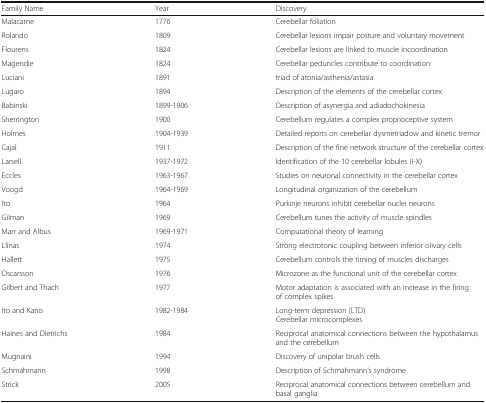
<table><thead><tr><td><b>Family Name</b></td><td><b>Year</b></td><td><b>Discovery</b></td></tr></thead><tbody><tr><td>Malacarne</td><td>1776</td><td>Cerebellar foliation</td></tr><tr><td>Rolando</td><td>1809</td><td>Cerebellar lesions impair posture and voluntary movement</td></tr><tr><td>Flourens</td><td>1824</td><td>Cerebellar lesions are linked to muscle incoordination</td></tr><tr><td>Magendie</td><td>1824</td><td>Cerebellar peduncles contribute to coordination</td></tr><tr><td>Luciani</td><td>1891</td><td>triad of atonia/asthenia/astasia</td></tr><tr><td>Lugaro</td><td>1894</td><td>Description of the elements of the cerebellar cortex</td></tr><tr><td>Babinski</td><td>1899-1906</td><td>Description of asynergia and adiadochokinesia</td></tr><tr><td>Sherrington</td><td>1900</td><td>Cerebellum regulates a complex proprioceptive system</td></tr><tr><td>Holmes</td><td>1904-1939</td><td>Detailed reports on cerebellar dysmetriadow and kinetic tremor</td></tr><tr><td>Cajal</td><td>1911</td><td>Description of the fine network structure of the cerebellar cortex</td></tr><tr><td>Larsell</td><td>1937-1972</td><td>Identification of the 10 cerebellar lobules (I-X)</td></tr><tr><td>Eccles</td><td>1963-1967</td><td>Studies on neuronal connectivity in the cerebellar cortex</td></tr><tr><td>Voogd</td><td>1964-1969</td><td>Longitudinal organization of the cerebellum</td></tr><tr><td>Ito</td><td>1964</td><td>Purkinje neurons inhibit cerebellar nuclei neurons</td></tr><tr><td>Gilman</td><td>1969</td><td>Cerebellum tunes the activity of muscle spindles</td></tr><tr><td>Marr and Albus</td><td>1969-1971</td><td>Computational theory of learning</td></tr><tr><td>Llinas</td><td>1974</td><td>Strong electrotonic coupling between inferior olivary cells</td></tr><tr><td>Hallett</td><td>1975</td><td>Cerebellum controls the timing of muscles discharges</td></tr><tr><td>Oscarsson</td><td>1976</td><td>Microzone as the functional unit of the cerebellar cortex</td></tr><tr><td>Gilbert and Thach</td><td>1977</td><td>Motor adaptation is associated with an increase in the firing of complex spikes</td></tr><tr><td>Ito and Kano</td><td>1982-1984</td><td>Long-term depression (LTD)Cerebellar microcomplexes</td></tr><tr><td>Haines and Dietrichs</td><td>1984</td><td>Reciprocal anatomical connections between the hypothalamus and the cerebellum</td></tr><tr><td>Mugnaini</td><td>1994</td><td>Discovery of unipolar brush cells</td></tr><tr><td>Schmahmann</td><td>1998</td><td>Description of Schmahmann’s syndrome</td></tr><tr><td>Strick</td><td>2005</td><td>Reciprocal anatomical connections between cerebellum and basal ganglia</td></tr></tbody></table>